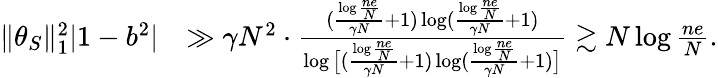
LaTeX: \begin{array}{rl}{\| \theta_{S}\| _{1}^{2}|1-b^{2}|}&{\gg\gamma N^{2}\cdot\frac{(\frac{\log\frac{ne}{N}}{\gamma N}+1)\log(\frac{\log\frac{ne}{N}}{\gamma N}+1)}{\log\big[(\frac{\log\frac{ne}{N}}{\gamma N}+1)\log(\frac{\log\frac{ne}{N}}{\gamma N}+1)\big]}\gtrsim N\log\frac{ne}{N}.}\end{array}